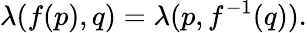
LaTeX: \lambda(f(p),q)=\lambda(p,f^{-1}(q)).